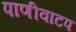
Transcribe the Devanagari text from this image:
पाणीवाटप